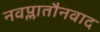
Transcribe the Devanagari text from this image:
नवप्लातौनवाद